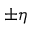
\pm \eta